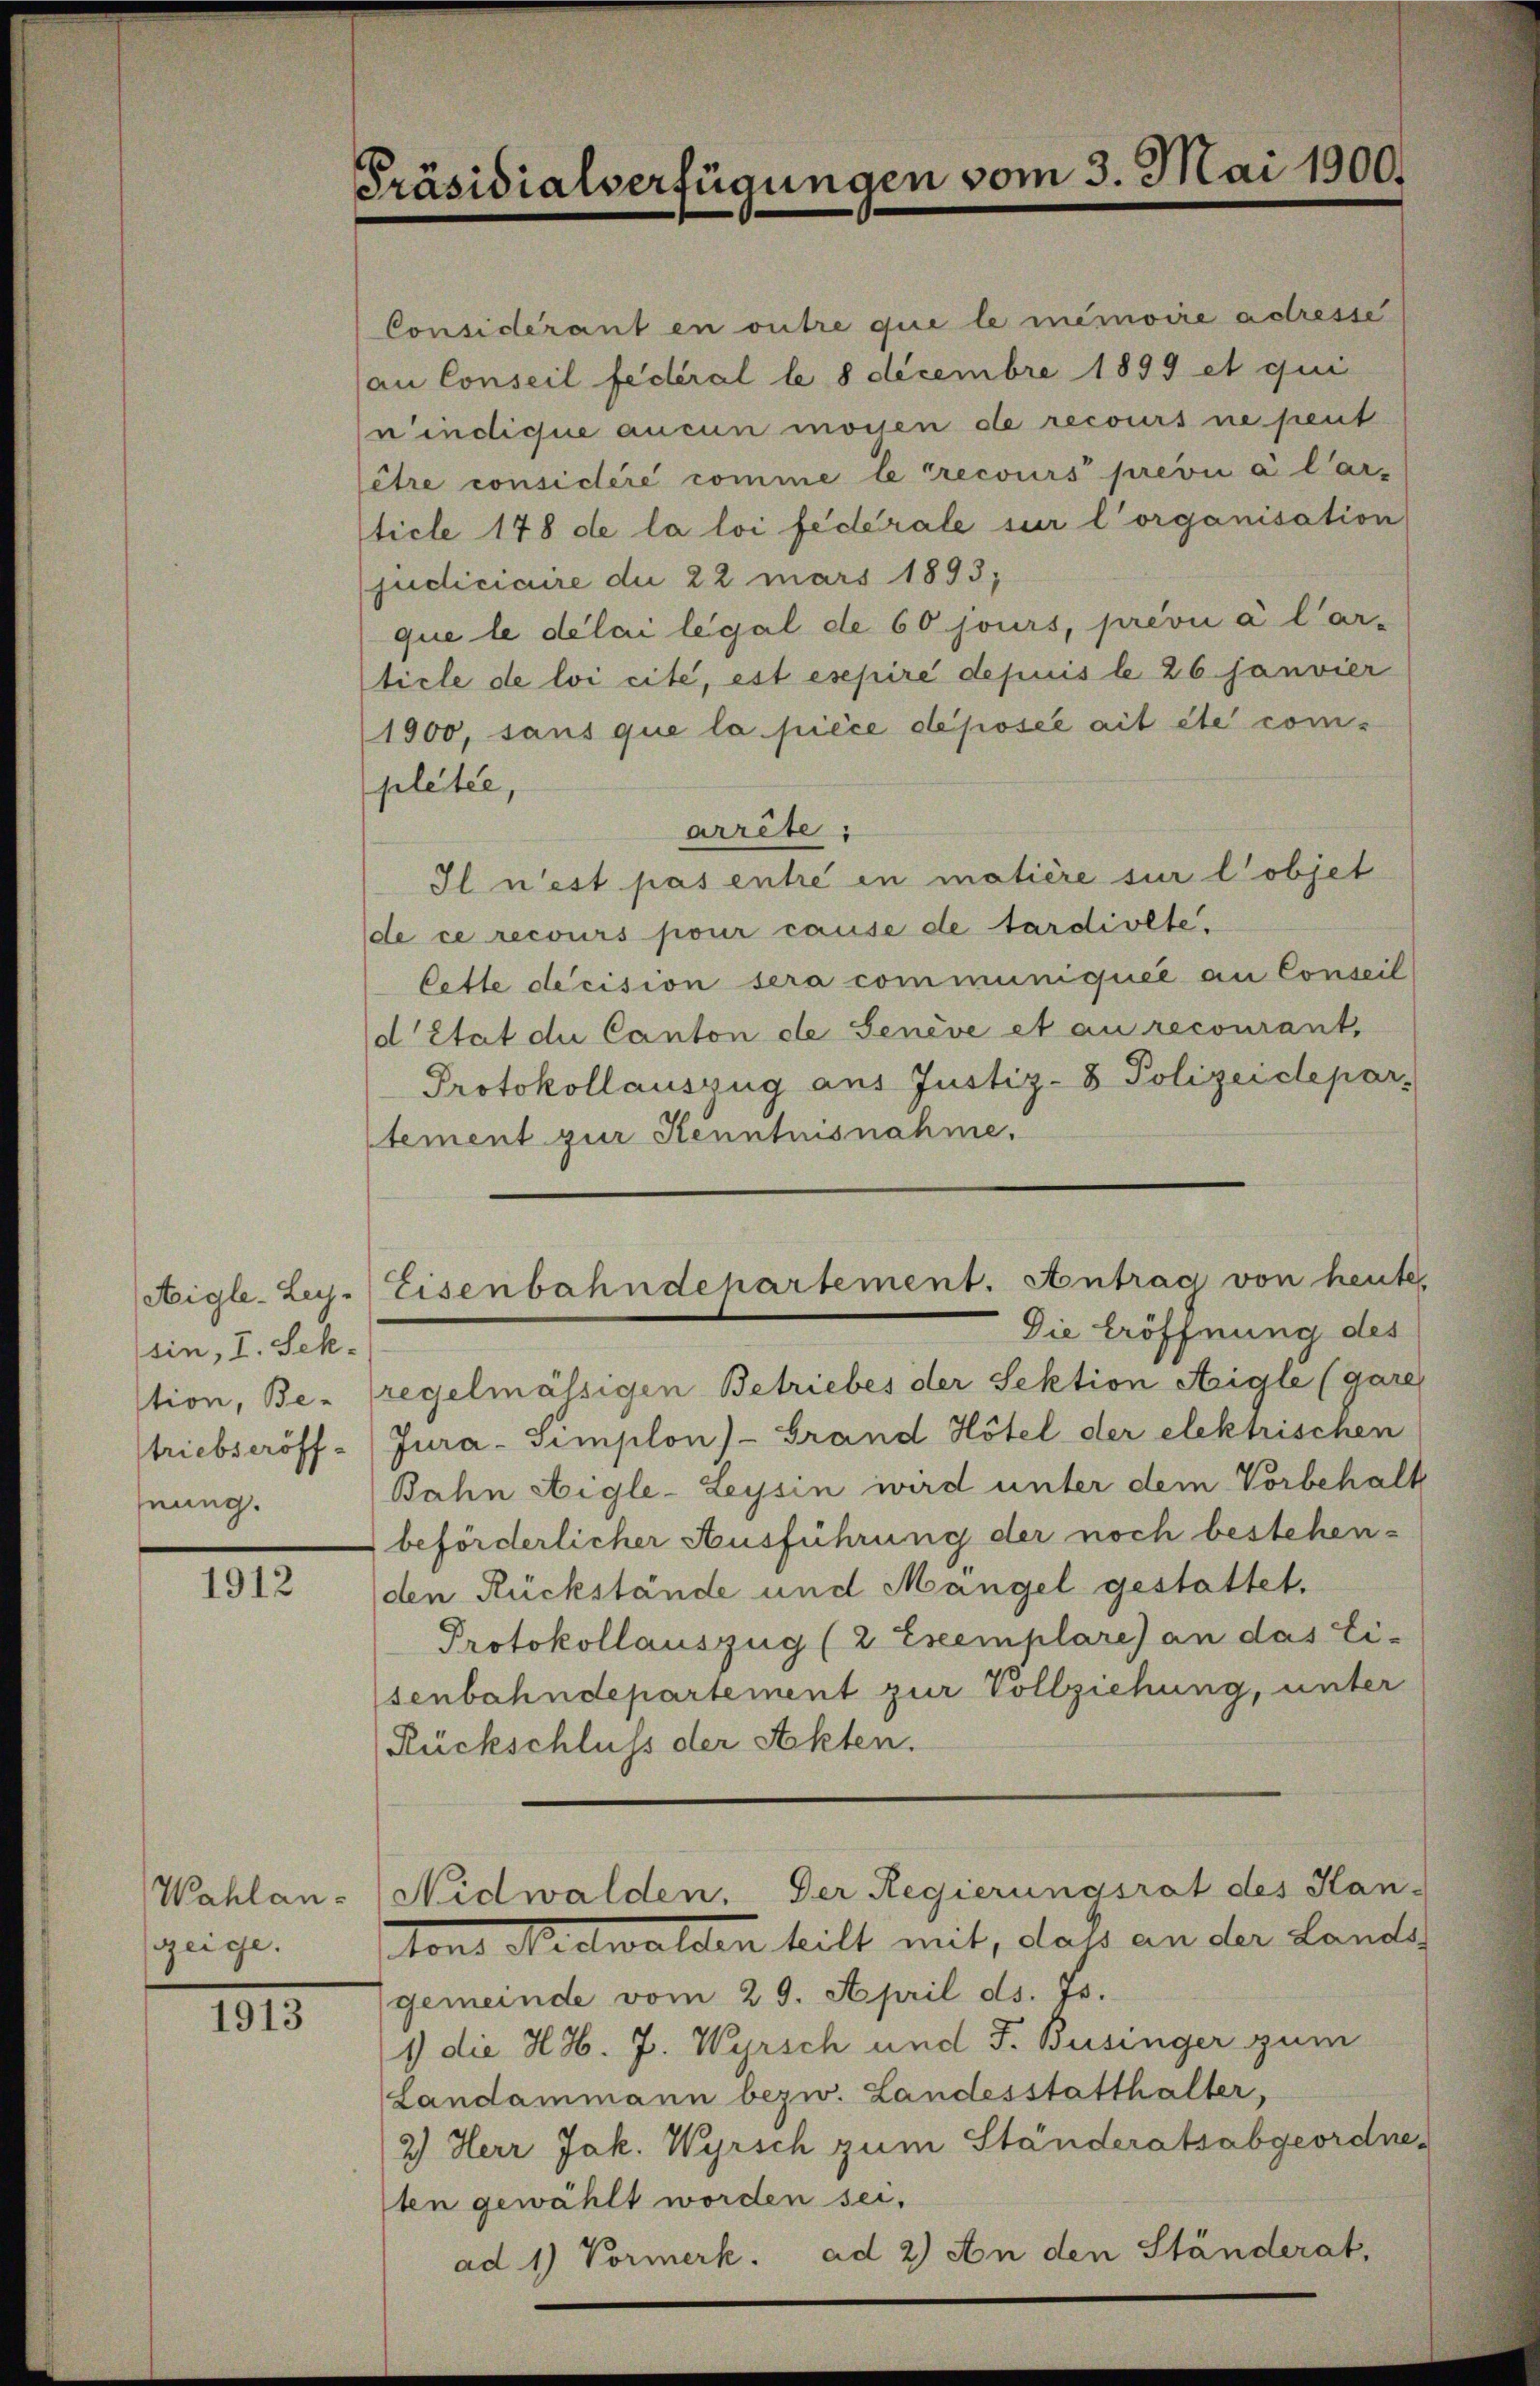
sin, I. Sektion, Be-
triebseröff-
hnung.

1912

Wahlan-
zeige.

1913

Präsidialverfügungen vom 3. Mai 1900.

Considerant en outre que le mémoire actresse
an Conseil fédéral le 8 Decembre 1899 et qui
nindique aucun monen de recours ne peut
être considéré comme le recours prevu à l’ar-
ticle 178 de la loi fédérale sur l’organisation
judiciaire du 22 mars 1893;
que le délai légal de 60 jours, previi à l’ar-
ticle de loi cité, est esepire depuis le 26. Janvier
1900, sans que la pièce déposée ait été complette,
arrête;
Il n’est pas entre in matière sur l’objet
de ce recours pour cause de tardiolte.
Cette decision sera communiquée au Conseil
d’Etat die Canton de Senève et au recourant,
Protokollauszug aus Justiz- & Polizeidepar-
tement zur Kenntnisnahme.
Die Eröffnung des
regelmässigen Betriebes der Sektion Aigle (gar
Jura-Simplon)- Grand Hotel der elektrischen
Bahn Aigle-Leysin wird unter dem Vorbehalbeförderlicher Ausführung der noch bestehenden Rückstände und Mängel gestattet.
Protokollauszug (2 Exemplare) an das Ei-
senbahndepartement zur Vollziehung, unter
Rückschluss der Akten.
Nidwalden. Der Regierungsrat des Han
tond Nidwalden heilt mit, dass an der Land
gemeinde vom 29. April ds. 75.
1) die H. H. J. Wyrsch und F. Businger zum
Landammann bezw. Landesstatthalter,
2) Herr Jak. Wyrsch zum Ständeratsabgeordne
sten gewählt worden sei.
ad 1) Vormerk. ad 2) An den Ständerat,

Aigle-Ley. Eisenbahndepartement. Antrag von heut

1